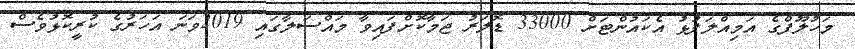
މަހުލޫފްގެ އަމިއްލަފުޅު އެކައުންޓަށް 33000 ޑޮލަރު ޖަމާކޮށްފައިވާ މައްސަލާގައި 2019ވަނަ އަހަރުގެ ކުރީކޮޅުވެސް